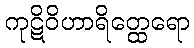
ကုဋိဝိဟာရိတ္ထေရော